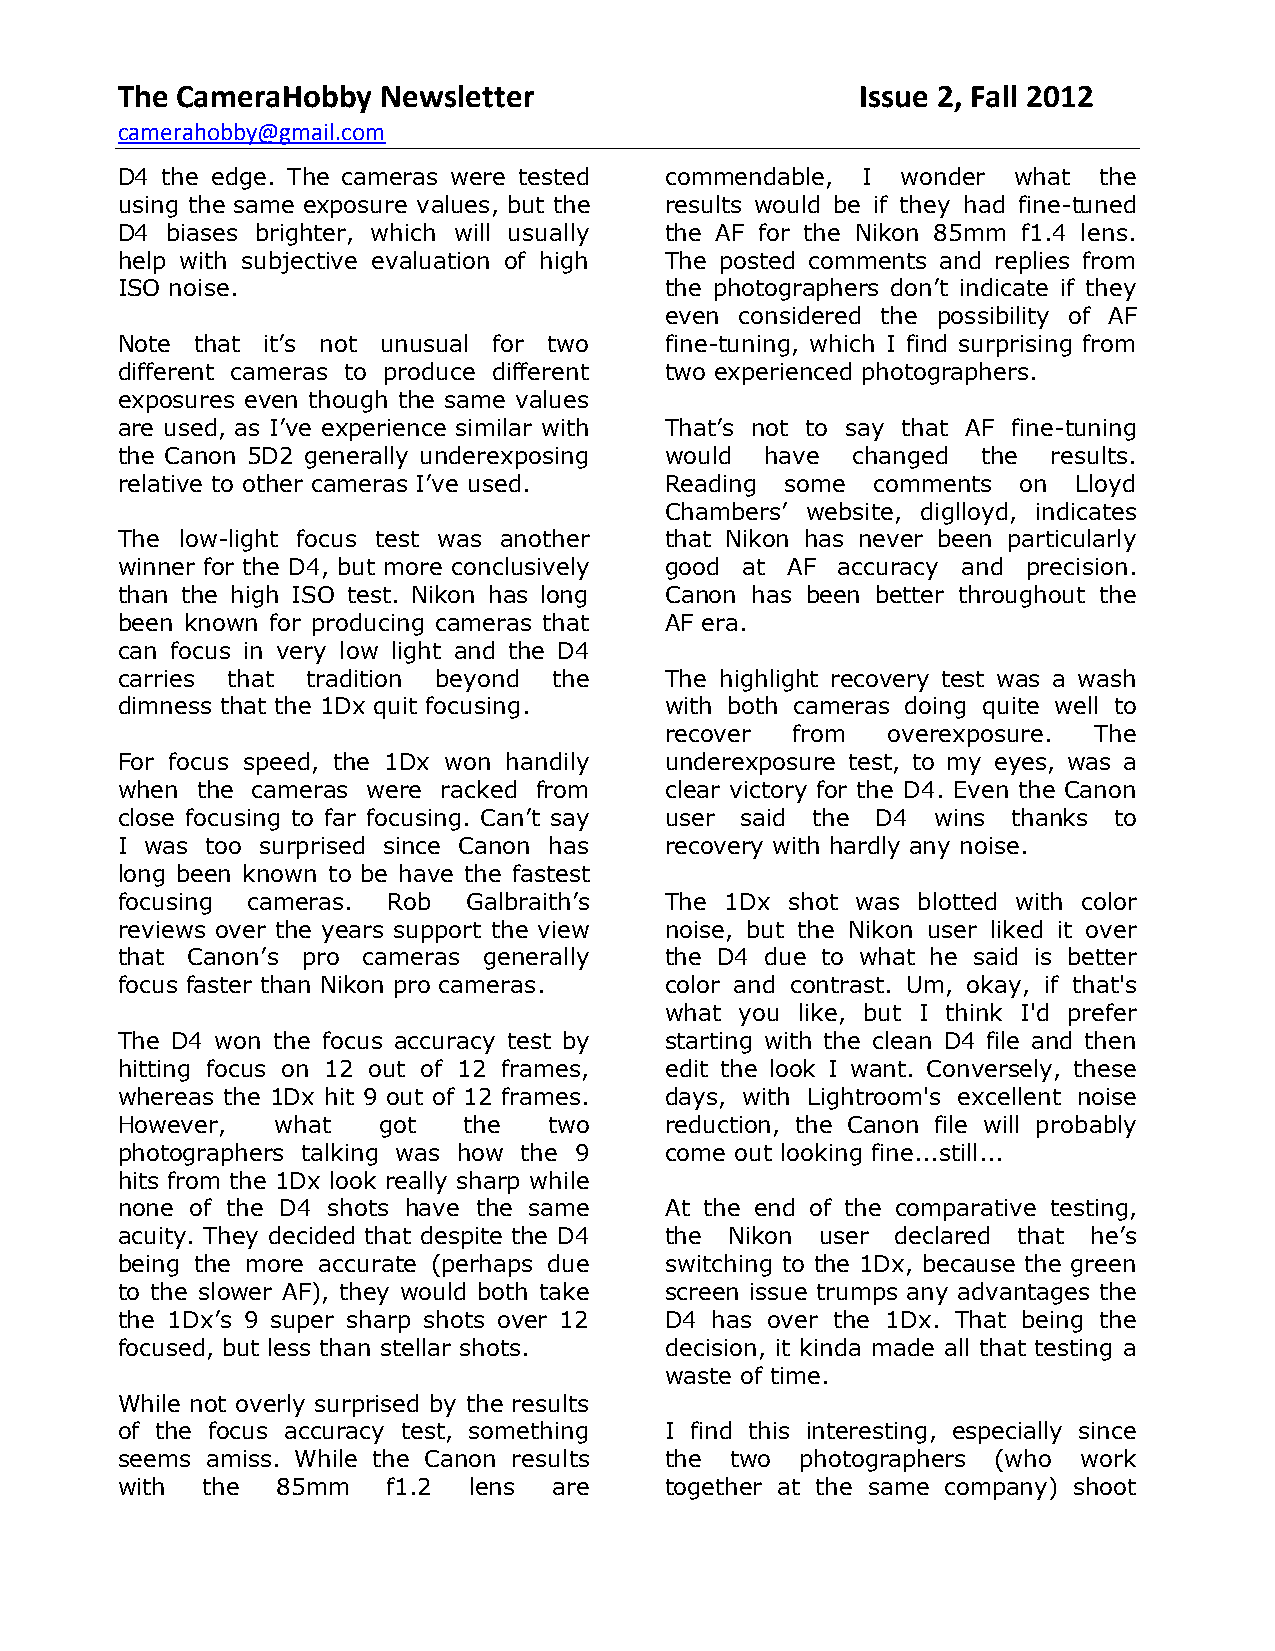
The CameraHobby  Newsletter                      Issue 2, Fall 2012
 camerahobby@gmail.com
 D4 the edge. The cameras were tested commendable, I wonder what  the
 using the same exposure values, but the results would be if they had fine-tuned
 D4 biases brighter, which will usually the AF for the Nikon 85mm f1.4 lens.
 help with subjective evaluation of high The posted comments and replies from
 ISO noise.                          the photographers don’t indicate if they
 even considered the possibility of AF
 Note that it’s not unusual for two  fine-tuning, which I find surprising from
 different cameras to produce different two experienced photographers.
 exposures even though the same values
 are used, as I’ve experience similar with That’s not to say that AF fine-tuning
 the Canon 5D2 generally underexposing would have changed the  results.
 relative to other cameras I’ve used. Reading some comments  on Lloyd
 Chambers’ website, diglloyd, indicates
 The low-light focus test was another that Nikon has never been particularly
 winner for the D4, but more conclusively good at AF accuracy and precision.
 than the high ISO test. Nikon has long Canon has been better throughout the
 been known for producing cameras that AF era.
 can focus in very low light and the D4
 carries that tradition beyond the   The highlight recovery test was a wash
 dimness that the 1Dx quit focusing. with both cameras doing quite well to
 recover  from  overexposure. The
 For focus speed, the 1Dx won handily underexposure test, to my eyes, was a
 when the cameras were racked from   clear victory for the D4. Even the Canon
 close focusing to far focusing. Can’t say user said the D4 wins thanks to
 I was too surprised since Canon has recovery with hardly any noise.
 long been known to be have the fastest
 focusing cameras. Rob  Galbraith’s  The 1Dx shot was blotted with color
 reviews over the years support the view noise, but the Nikon user liked it over
 that Canon’s pro cameras generally  the D4 due to what he said is better
 focus faster than Nikon pro cameras. color and contrast. Um, okay, if that's
 what you like, but I think I'd prefer
 The D4 won the focus accuracy test by starting with the clean D4 file and then
 hitting focus on 12 out of 12 frames, edit the look I want. Conversely, these
 whereas the 1Dx hit 9 out of 12 frames. days, with Lightroom's excellent noise
 However,  what   got   the  two     reduction, the Canon file will probably
 photographers talking was how the 9 come out looking fine...still...
 hits from the 1Dx look really sharp while
 none of the D4 shots have the same  At the end of the comparative testing,
 acuity. They decided that despite the D4 the Nikon user declared that he’s
 being the more accurate (perhaps due switching to the 1Dx, because the green
 to the slower AF), they would both take screen issue trumps any advantages the
 the 1Dx’s 9 super sharp shots over 12 D4 has over the 1Dx. That being the
 focused, but less than stellar shots. decision, it kinda made all that testing a
 waste of time.
 While not overly surprised by the results
 of the focus accuracy test, something I find this interesting, especially since
 seems amiss. While the Canon results the two photographers (who work
 with the  85mm    f1.2 lens  are    together at the same company) shoot